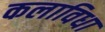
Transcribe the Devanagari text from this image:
कलाविधा